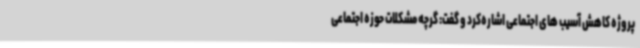
پروژه کاهش آسیب های اجتماعی اشاره‌کرد و گفت: گرچه مشکلات حوزه اجتماعی